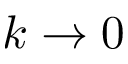
k \rightarrow 0